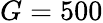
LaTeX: G=500